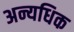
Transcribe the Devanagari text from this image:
अन्यधिक